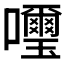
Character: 𫬹